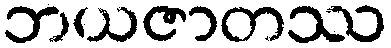
ဘယဇာတဿ